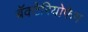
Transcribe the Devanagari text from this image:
बॅक्टेरियोफेग